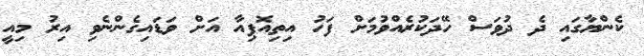
ކެންޔާގައި ދެ ދުވަސް ހޭދަކުރެއްވުމަށް ފަހު އިތިއޮޕިއާ އަށް ވަޑައިގެންނެވި އިރު މިއީ